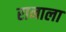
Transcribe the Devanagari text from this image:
रानाला